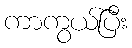
ကာကွယ်ပြီး